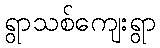
ရွာသစ်ကျေးရွာ